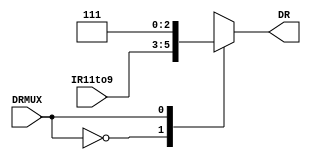
`timescale 1ns / 1ps
//////////////////////////////////////////////////////////////////////////////////
// Company: 
// Engineer: 
// 
// Design Name: 
// Module Name: DRMUX
// Project Name: 
// Target Devices: 
// Tool Versions: 
// Description: 
// 
// Dependencies: 
// 
// Revision:
// Revision 0.01 - File Created
// Additional Comments:
// 
//////////////////////////////////////////////////////////////////////////////////


module DRMUX(
    input [2:0] IR11to9,
    input DRMUX,
    output reg [2:0] DR
    );

    initial DR = 0;

    always @(*) begin
        case (DRMUX)
        2'b00: DR = IR11to9;
        2'b01: DR = 3'b111;
        2'b10: DR = 3'b110;
        default: DR = 3'b000;
        endcase
    end

endmodule